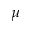
\mu